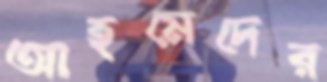
আহমেদের